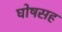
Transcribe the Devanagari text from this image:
घोषसह